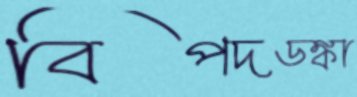
বিপদডঙ্কা